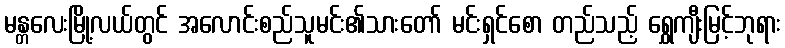
မန္တလေးမြို့လယ်တွင် အလောင်းစည်သူမင်း၏သားတော် မင်းရှင်စော တည်သည့် ရွှေကျီးမြင့်ဘုရား